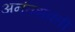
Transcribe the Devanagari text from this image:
अनंतशक्ती